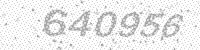
Solution: 640956